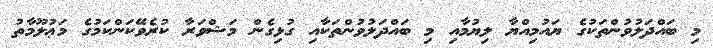
މި ބައްދަލުވުންތަކުގެ ޔައުމިއްޔާ ލިޔުމާއި މި ބައްދަލުވުންތަކާއި ގުޅިގެން މަޝްވަރާ ކުރެވޭކަންކަމުގެ މަޢުލޫމާތު